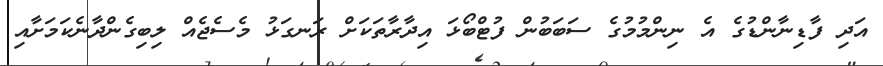
އަދި ފާޑިނާންޑުގެ އެ ނިންމުމުގެ ސަބަބުން ފުޓްބޯޅަ އިދާރާތަކަށް ރަނގަޅު މެސެޖެއް ލިބިގެންދާނެކަމަށާއި